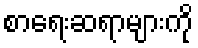
စာရေးဆရာများကို